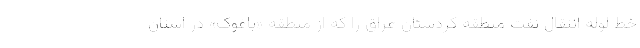
خط لوله انتقال نفت منطقه کردستان عراق را که از منطقه «باغوک» در استان